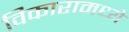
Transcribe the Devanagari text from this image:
विकारामध्ये